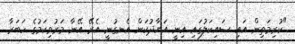
"ކުރިމަތިން އައި ސައިކަލުގައި އިނީ އަޔާދުކަން އެނގުނީ އެރޭ އޭނާ މަރުވިކަމުގެ ހަބަރާ